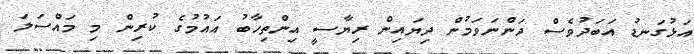
އަޅުގަނޑު އަބަދުވެސް ދަންނަވަމުން ދިޔައިން ރިޔާސީ އިންތިހާބު އައުމުގެ ކުރިން މި މައްސަލަ